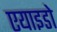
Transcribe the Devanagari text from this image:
एयाइडो